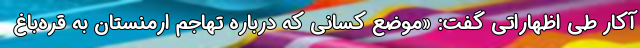
آکار طی اظهاراتی گفت: «موضع کسانی که درباره تهاجم ارمنستان به قره‌باغ